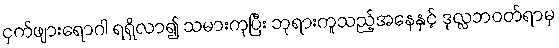
ငှက်ဖျားရောဂါ ရရှိလာ၍ သမားကုပြီး ဘုရားကူသည့်အနေနှင့် ဒုလ္လဘဝတ်ရာမှ